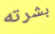
بشرته